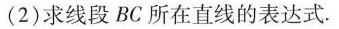
(2)求线段BC所在直线的表达式.